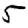
Digit: 5